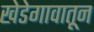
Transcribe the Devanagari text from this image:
खेडेगावातून